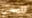
تلمسي